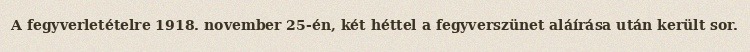
A fegyverletételre 1918. november 25-én, két héttel a fegyverszünet aláírása után került sor.